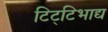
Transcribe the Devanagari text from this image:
टिट्‌टिभाद्य